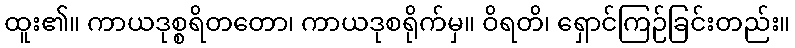
ထူး၏။ ကာယဒုစ္စရိတတော၊ ကာယဒုစရိုက်မှ။ ဝိရတိ၊ ရှောင်ကြဉ်ခြင်းတည်း။